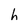
Character: h